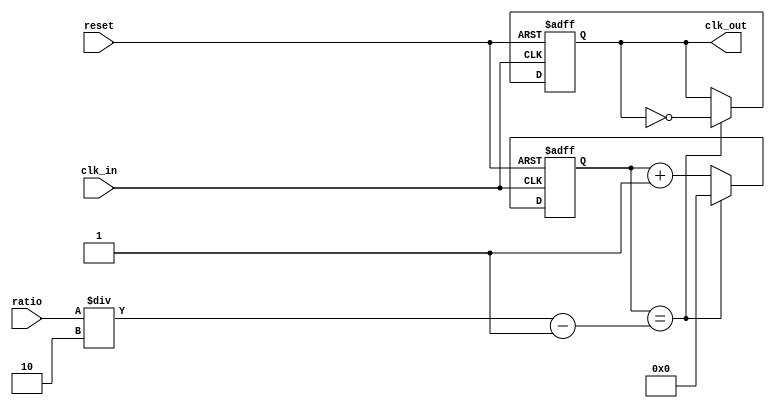
`timescale 1ns / 1ps

module clock_divider(
     input  clk_in,
     output reg clk_out,
     input  reset,
     input  [31:0] ratio
     );
     
     reg [31:0] count;

     initial begin
        clk_out = 0;
        count = 0;
     end  
     
    
     always@(posedge clk_in, posedge reset) begin 
        if(reset == 1) begin
            clk_out = 0;
            count = 0;        
        end else if(count == (ratio/2)-1)begin
            clk_out = ~clk_out;  
            count = 0;
        end else count = count + 1;
     end

endmodule